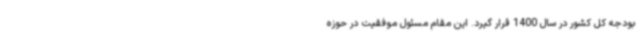
بودجه کل کشور در سال 1400 قرار گیرد. این مقام مسئول موفقیت در حوزه